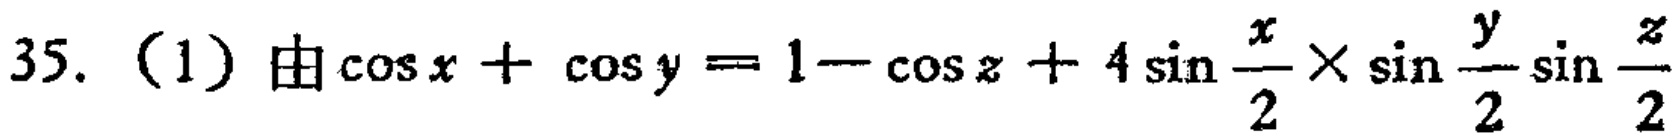
35. （1）由\(\cos x + \cos y = 1 - \cos z + 4\sin\frac{x}{2}\times\sin\frac{y}{2}\sin\frac{z}{2}\)